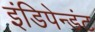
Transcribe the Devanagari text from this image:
इंडिपेन्डंट